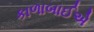
કાળાબાઈએ